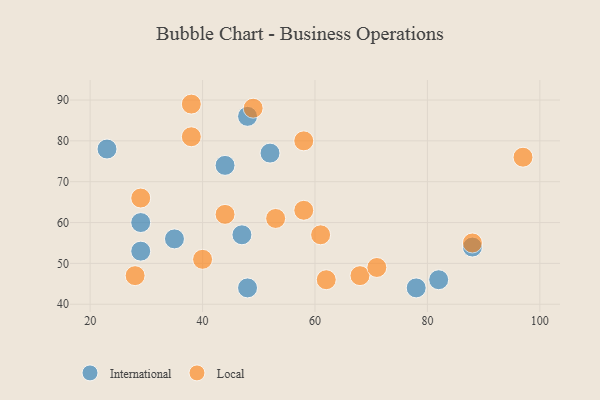
{"axis": {"x": "GDP", "y": "Life Expectancy"}, "legend": ["International", "Local"], "data": [{"x": "35", "y": 56, "type": "International"}, {"x": "78", "y": 44, "type": "International"}, {"x": "29", "y": 60, "type": "International"}, {"x": "88", "y": 54, "type": "International"}, {"x": "48", "y": 44, "type": "International"}, {"x": "82", "y": 46, "type": "International"}, {"x": "23", "y": 78, "type": "International"}, {"x": "48", "y": 86, "type": "International"}, {"x": "44", "y": 74, "type": "International"}, {"x": "47", "y": 57, "type": "International"}, {"x": "29", "y": 53, "type": "International"}, {"x": "52", "y": 77, "type": "International"}, {"x": "29", "y": 66, "type": "Local"}, {"x": "61", "y": 57, "type": "Local"}, {"x": "44", "y": 62, "type": "Local"}, {"x": "88", "y": 55, "type": "Local"}, {"x": "40", "y": 51, "type": "Local"}, {"x": "97", "y": 76, "type": "Local"}, {"x": "68", "y": 47, "type": "Local"}, {"x": "38", "y": 81, "type": "Local"}, {"x": "58", "y": 63, "type": "Local"}, {"x": "53", "y": 61, "type": "Local"}, {"x": "71", "y": 49, "type": "Local"}, {"x": "62", "y": 46, "type": "Local"}, {"x": "58", "y": 80, "type": "Local"}, {"x": "28", "y": 47, "type": "Local"}, {"x": "38", "y": 89, "type": "Local"}, {"x": "49", "y": 88, "type": "Local"}]}